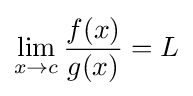
\lim _{x\to c}{\frac {f(x)}{g(x)}}=L